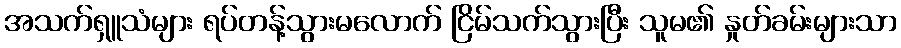
အသက်ရှူသံများ ရပ်တန့်သွားမလောက် ငြိမ်သက်သွားပြီး သူမ၏ နှုတ်ခမ်းများသာ